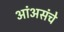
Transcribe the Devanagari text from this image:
आंअसंचे